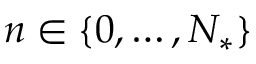
n \in \{ 0 , \ldots , N _ { * } \}